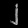
Digit: ၂